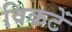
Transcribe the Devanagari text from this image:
विकटें